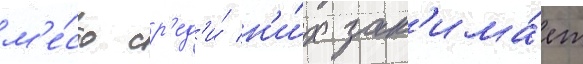
м'е́сто ср'ед'и́ н'и́х зан'има́ет